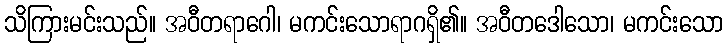
သိကြားမင်းသည်။ အဝီတရာဂေါ၊ မကင်းသောရာဂရှိ၏။ အဝီတဒေါသော၊ မကင်းသော